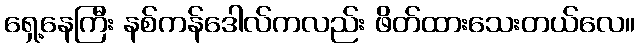
ရှေ့နေကြီး နစ်ကန်ဒေါလ်ကလည်း ဖိတ်ထားသေးတယ်လေ။